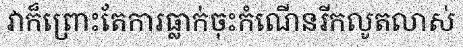
វាក៏ព្រោះតែការធ្លាក់ចុះកំណើនរីកលូតលាស់